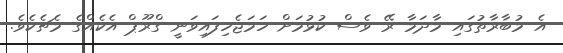
އެ މުބާރާތުގައި މާދަމާ ރޭ ވެސް ކުޅުމަށް ހަމަޖެހިފައިވަނީ ގްރޫޕް އެކެއްގެ މެޗެކެވެ.